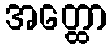
အတ္ထော